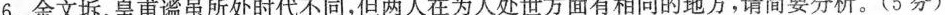
6. 余文坼、皇甫谧虽所处时代不同，但两人在为人处世方面有相同的地方，请简要分析。(5分)